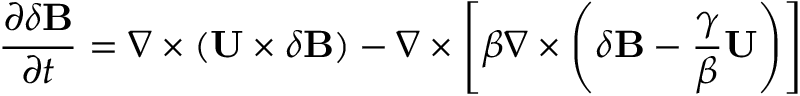
\frac { \partial \delta { \bf { B } } } { \partial t } = \nabla \times ( { \bf { U } } \times \delta { \bf { B } } ) - \nabla \times \left[ { \beta \nabla \times \left( { \delta { \bf { B } } - \frac { \gamma } { \beta } { \bf { U } } } \right) } \right]